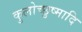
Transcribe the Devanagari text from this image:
कुलोच्छुष्मादि